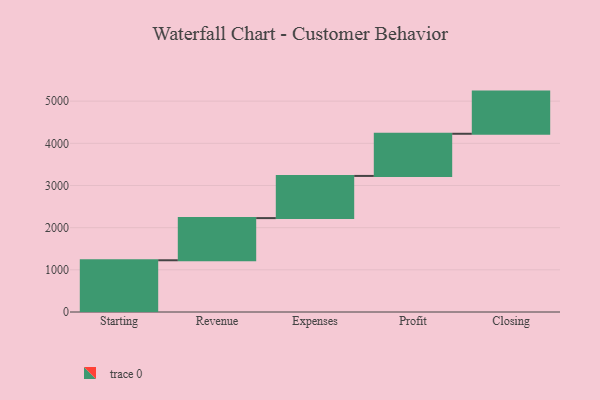
{"axis": {"x": "Step", "y": "Value"}, "legend": [""], "data": [{"x": "Starting", "y": 1227.0, "type": ""}, {"x": "Revenue", "y": 1000, "type": ""}, {"x": "Expenses", "y": 1000, "type": ""}, {"x": "Profit", "y": 1000, "type": ""}, {"x": "Closing", "y": 1000, "type": ""}]}